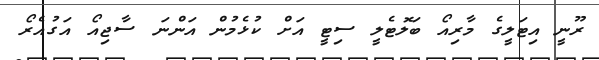
ރޫނީ އިޓަލީގެ މާރިއޯ ބަލޮޓެލީ ސިޓީ އަށް ކުޅެމުން އަންނަ ސާޖިއޯ އަގުއެރޯ